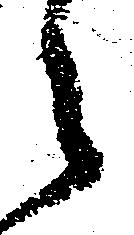
々